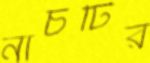
নাচটির